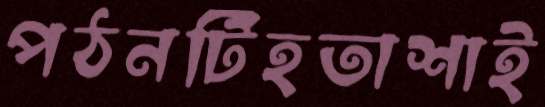
পঠনটিহতাশাই